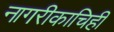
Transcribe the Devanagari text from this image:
नागरीकाचिही